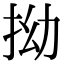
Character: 拗